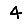
Digit: 4